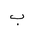
Letter: _ba